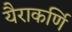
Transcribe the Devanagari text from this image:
यैराकर्णि